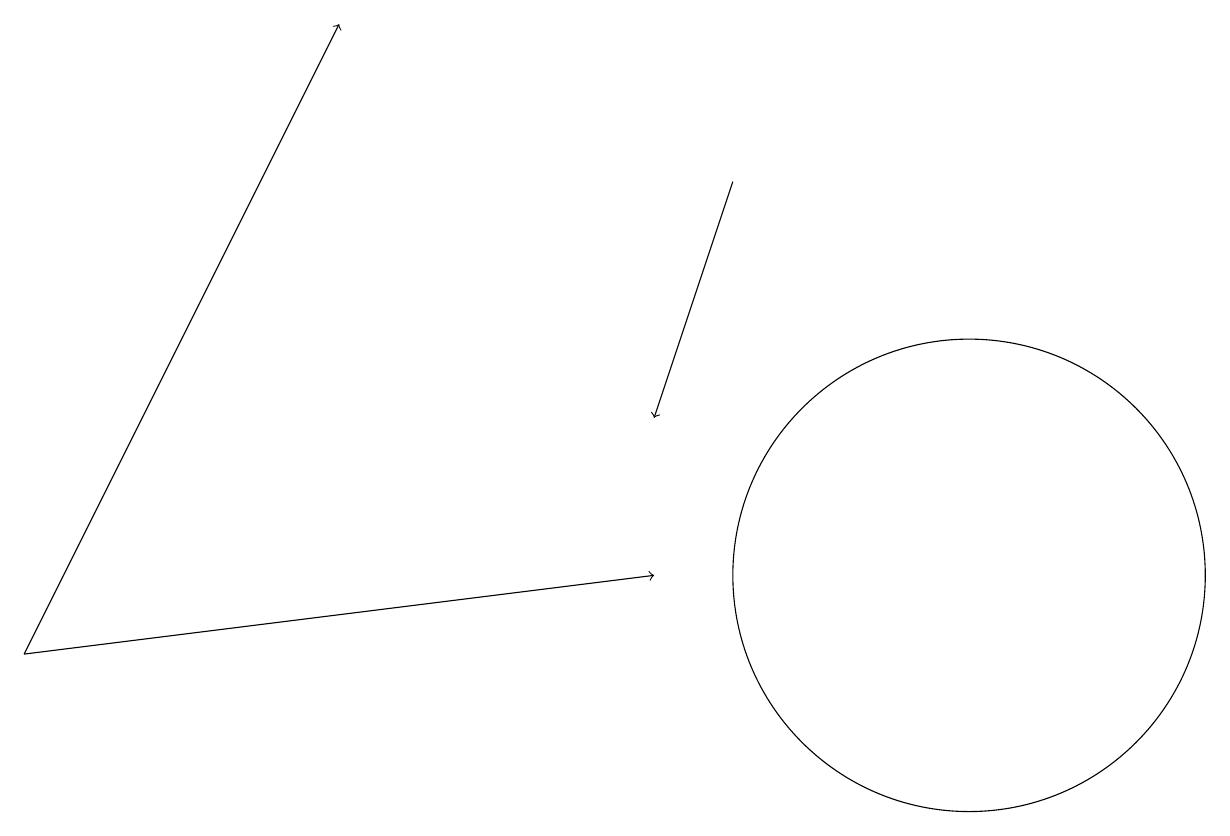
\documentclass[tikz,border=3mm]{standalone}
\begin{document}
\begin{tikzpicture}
\draw[->] (0,10) -- (4,18);
\draw[->] (9,16) -- (8,13);
\draw[->] (0,10) -- (8,11);
\draw (12,11) circle (3);
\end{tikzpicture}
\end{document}